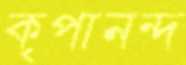
কৃপানন্দ